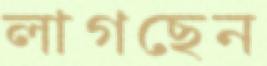
লাগছেন